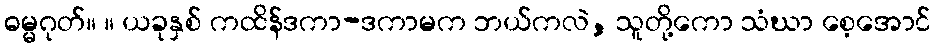
ဓမ္မဂုတ်။ ။ ယခုနှစ် ကထိန်ဒကာ-ဒကာမက ဘယ်ကလဲ, သူတို့ကော သံဃာ စေ့အောင်